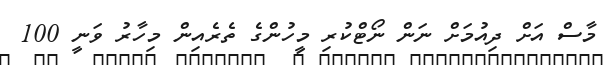
މާސް އަށް ދިއުމަށް ނަން ނޯޓްކުރި މީހުންގެ ތެރެއިން މިހާރު ވަނީ 100